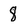
Character: 8